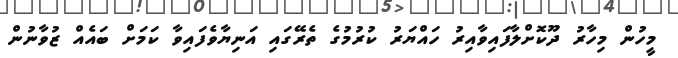
މީހުން މިހާރު ދޫކޮށްލާފައިވާއިރު ހައްޔަރު ކުރުމުގެ ތެރޭގައި އަނިޔާވެފައިވާ ކަމަށް ބައެއް ޒުވާނުން